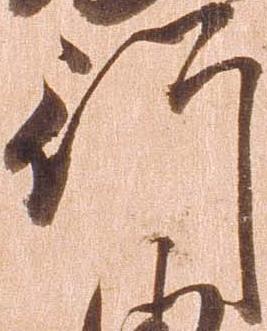
行